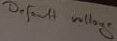
Text: default voltage